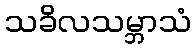
သခိလသမ္ဘာသံ